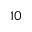
1 0